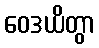
ဝေဒယိတွာ